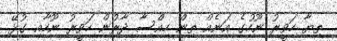
ތިޔާ ހަވީރު ނޫހުގެ އަނެއް ތިން ހިއްސާ ދާރުން ހަވީރު ނޫހާއި ގުޅޭ